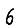
Digit: 6